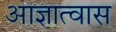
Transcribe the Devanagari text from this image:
आज्ञात्वास